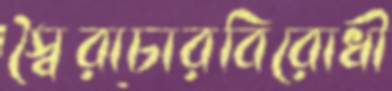
স্বৈরাচারবিরোধী